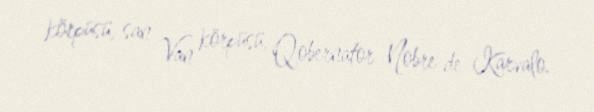
körpüsü, san Van körpüsü, Qobernator Nobre de Karvalo.